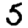
Digit: 5